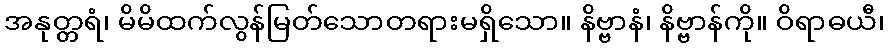
အနုတ္တရံ၊ မိမိထက်လွန်မြတ်သောတရားမရှိသော။ နိဗ္ဗာနံ၊ နိဗ္ဗာန်ကို။ ဝိရာဓယီ၊